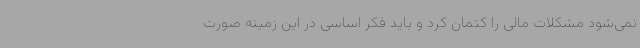
نمی‌شود مشکلات مالی را کتمان کرد و باید فکر اساسی در این زمینه صورت